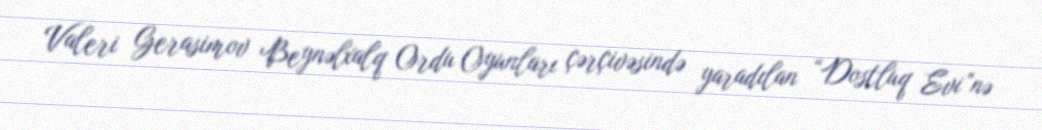
Valeri Gerasimov Beynəlxalq Ordu Oyunları çərçivəsində yaradılan “Dostluq Evi”nə